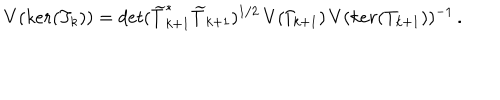
V ( k e r ( T _ { k } ) ) = d e t ( \widetilde { T } _ { k + 1 } ^ { * } \widetilde { T } _ { k + 1 } ) ^ { 1 / 2 } \, V ( \Gamma _ { \! k + 1 } ) \, V ( k e r ( T _ { k + 1 } ) ) ^ { - 1 } \, .